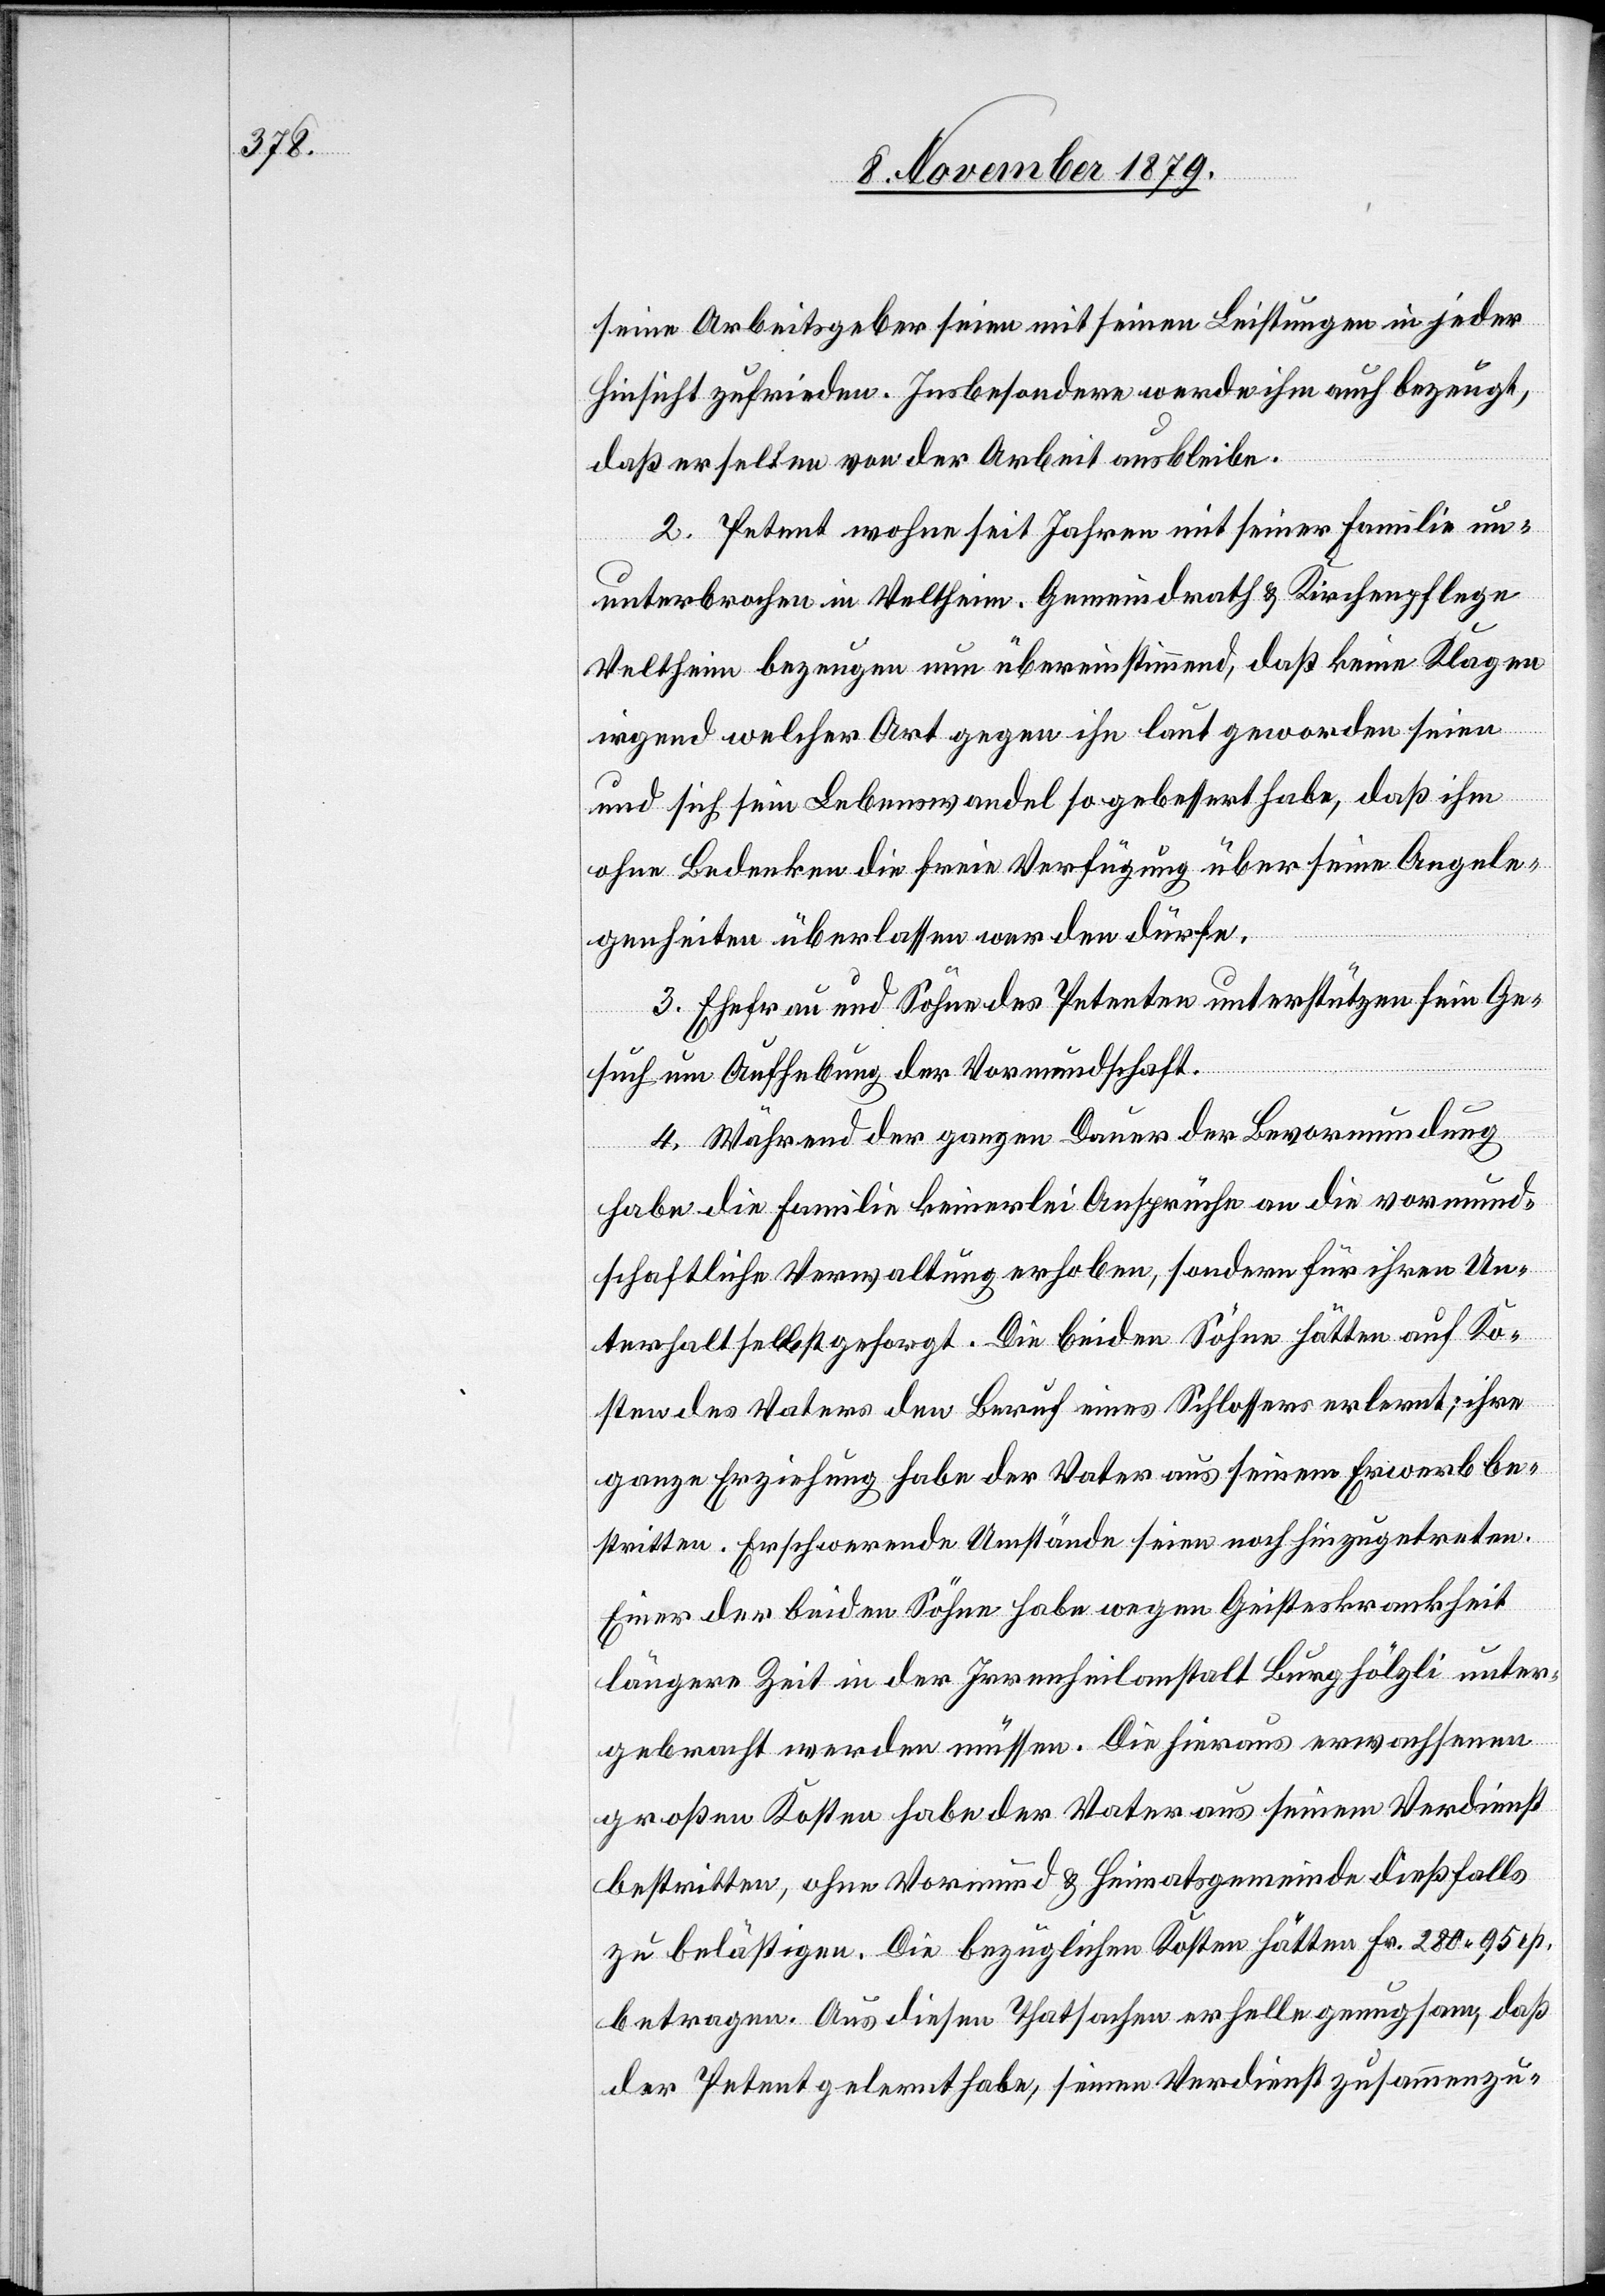
seine Arbeitsgeber seien mit seinen Leistungen in jeder
Hinsicht zufrieden. Insbesondere werde ihm auch bezeugt,
daß er selten von der Arbeit ausbleibe.
2. Petent wohne seit Jahren mit seiner Familie un¬
unterbrochen in Veltheim, Gemeindrath & Kirchenpflege
Veltheim bezeugen nun übereinstimmend, daß keine Klagen
irgend welcher Art gegen ihn laut geworden seien
und sich sein Lebenswandel so gebessert habe, daß ihm
ohne Bedenken die freie Verfügung über seine Angele¬
genheiten überlassen werden dürfe.
3. Ehefrau und Söhne des Petenten unterstützen sein Ge¬
such um Aufhebung der Vormundschaft.
4. Während der ganzen Dauer der Bevormundung
habe die Familie keinerlei Ansprüche an die vormund¬
schaftliche Verwaltung erhoben, sondern für ihren Un¬
terhalt selbst gesorgt. Die beiden Söhne hätten auf Ko¬
sten des Vaters den Beruf eines Schlosser erlernt; ihre
ganze Erziehung habe der Vater aus seinem Erwerb be¬
stritten. Erschwerende Umstände seien noch hinzugetreten.
Einer der beiden Söhne habe wegen Geisteskrankheit
längere Zeit in der Irrenheilanstalt Burghölzli unter¬
gebracht werden müssen. Die hieraus erwachsenen
großen Kosten habe der Vater aus seinem Verdienst
bestritten, ohne Vormund & Heimatsgemeinde dießfalls
zu belästigen. Die bezüglichen Kosten hätten Fr. 280 95 rp.
betragen. Aus diesen Thatsachen erhelle genugsam, daß
der Petent gelernt habe, seinen Verdienst zusammenzu-